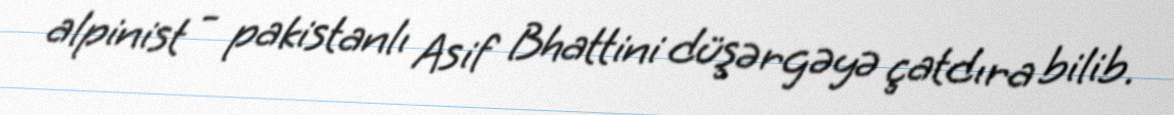
alpinist - pakistanlı Asif Bhattini düşərgəyə çatdıra bilib.